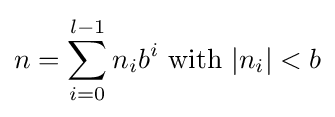
n=\sum _{i=0}^{l-1}n_{i}b^{i}{\text{  with  }}|n_{i}|<b